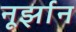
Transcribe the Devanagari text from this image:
नूर्झान